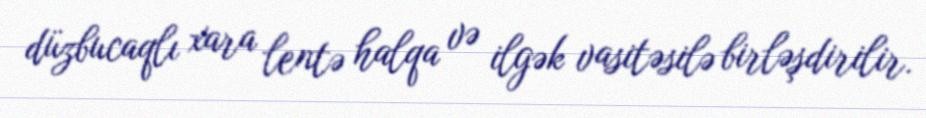
düzbucaqlı xara lentə halqa və ilgək vasitəsilə birləşdirilir.